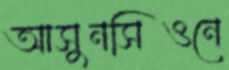
আসুনসিওনে